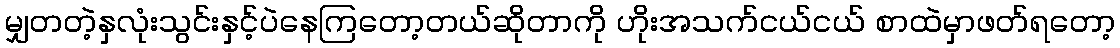
မျှတတဲ့နှလုံးသွင်းနှင့်ပဲနေကြတော့တယ်ဆိုတာကို ဟိုးအသက်ငယ်ငယ် စာထဲမှာဖတ်ရတော့